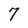
Character: 7